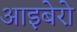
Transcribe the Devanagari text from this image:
आइबेरो